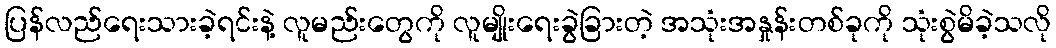
ပြန်လည်ရေးသားခဲ့ရင်းနဲ့ လူမည်းတွေကို လူမျိုးရေးခွဲခြားတဲ့ အသုံးအနှုန်းတစ်ခုကို သုံးစွဲမိခဲ့သလို